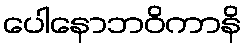
ပေါနောဘဝိကာနိ